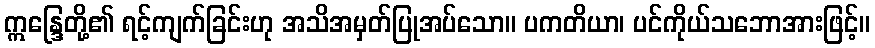
ဣန္ဒြေတို့၏ ရင့်ကျက်ခြင်းဟု အသိအမှတ်ပြုအပ်သော။ ပကတိယာ၊ ပင်ကိုယ်သဘောအားဖြင့်။